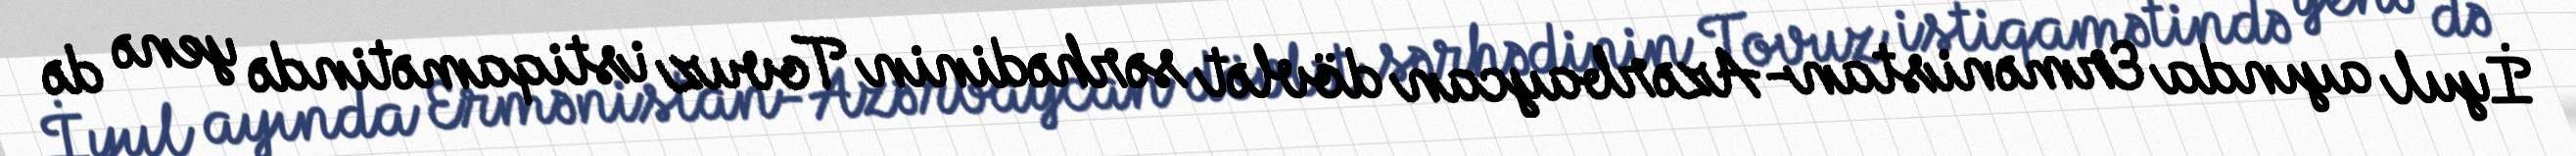
İyul ayında Ermənistan-Azərbaycan dövlət sərhədinin Tovuz istiqamətində yenə də